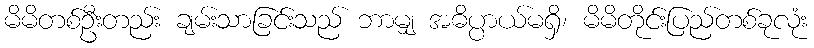
မိမိတစ်ဦးတည်း ချမ်းသာခြင်းသည် ဘာမျှ အဓိပ္ပာယ်မရှိ၊ မိမိတိုင်းပြည်တစ်ခုလုံး